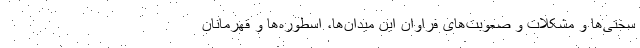
سختی‌ها و مشکلات و صعوبت‌های فراوان این میدان‌ها، اسطوره‌ها و قهرمانان